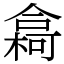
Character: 樖